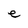
Character: e